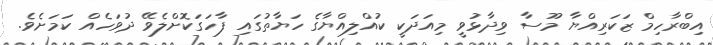
އިބްރާހިމް ޒަކަރިއްޔާ މޫސާ ވިދާޅުވީ މިއަދަކީ ކުއްލިއްޔާގެ ހަޔާތުގައި ފާހަގަކޮށްލެވޭ ދުވަހެއް ކަމަށެވެ.